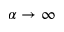
\alpha \rightarrow \infty